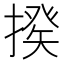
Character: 𢲕